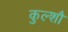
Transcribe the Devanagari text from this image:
कुल्शौ